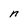
Character: n